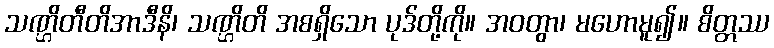
သဏ္ဌိတီတိအာဒီနိ၊ သဏ္ဌိတိ အစရှိသော ပုဒ်တို့ကို။ အဝတွာ၊ မဟောမူ၍။ စိတ္တဿ